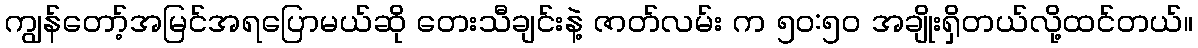
ကျွန်တော့်အမြင်အရပြောမယ်ဆို တေးသီချင်းနဲ့ ဇာတ်လမ်း က ၅၀:၅၀ အချိုးရှိတယ်လို့ထင်တယ်။